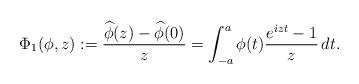
LaTeX: \begin{align*} \Phi_1(\phi,z) := \frac{\widehat{\phi}(z)-\widehat{\phi}(0)}{z} = \int_{-a}^{a} \phi(t) \frac{e^{izt}-1}{z} \, dt. \end{align*}